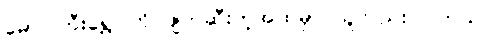
မောင်ကြီးရွှေဝါကို ဖျက်ဆီးတဲ့အထဲမှာ သူလည်း ပါတယ်